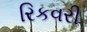
રિકવરી